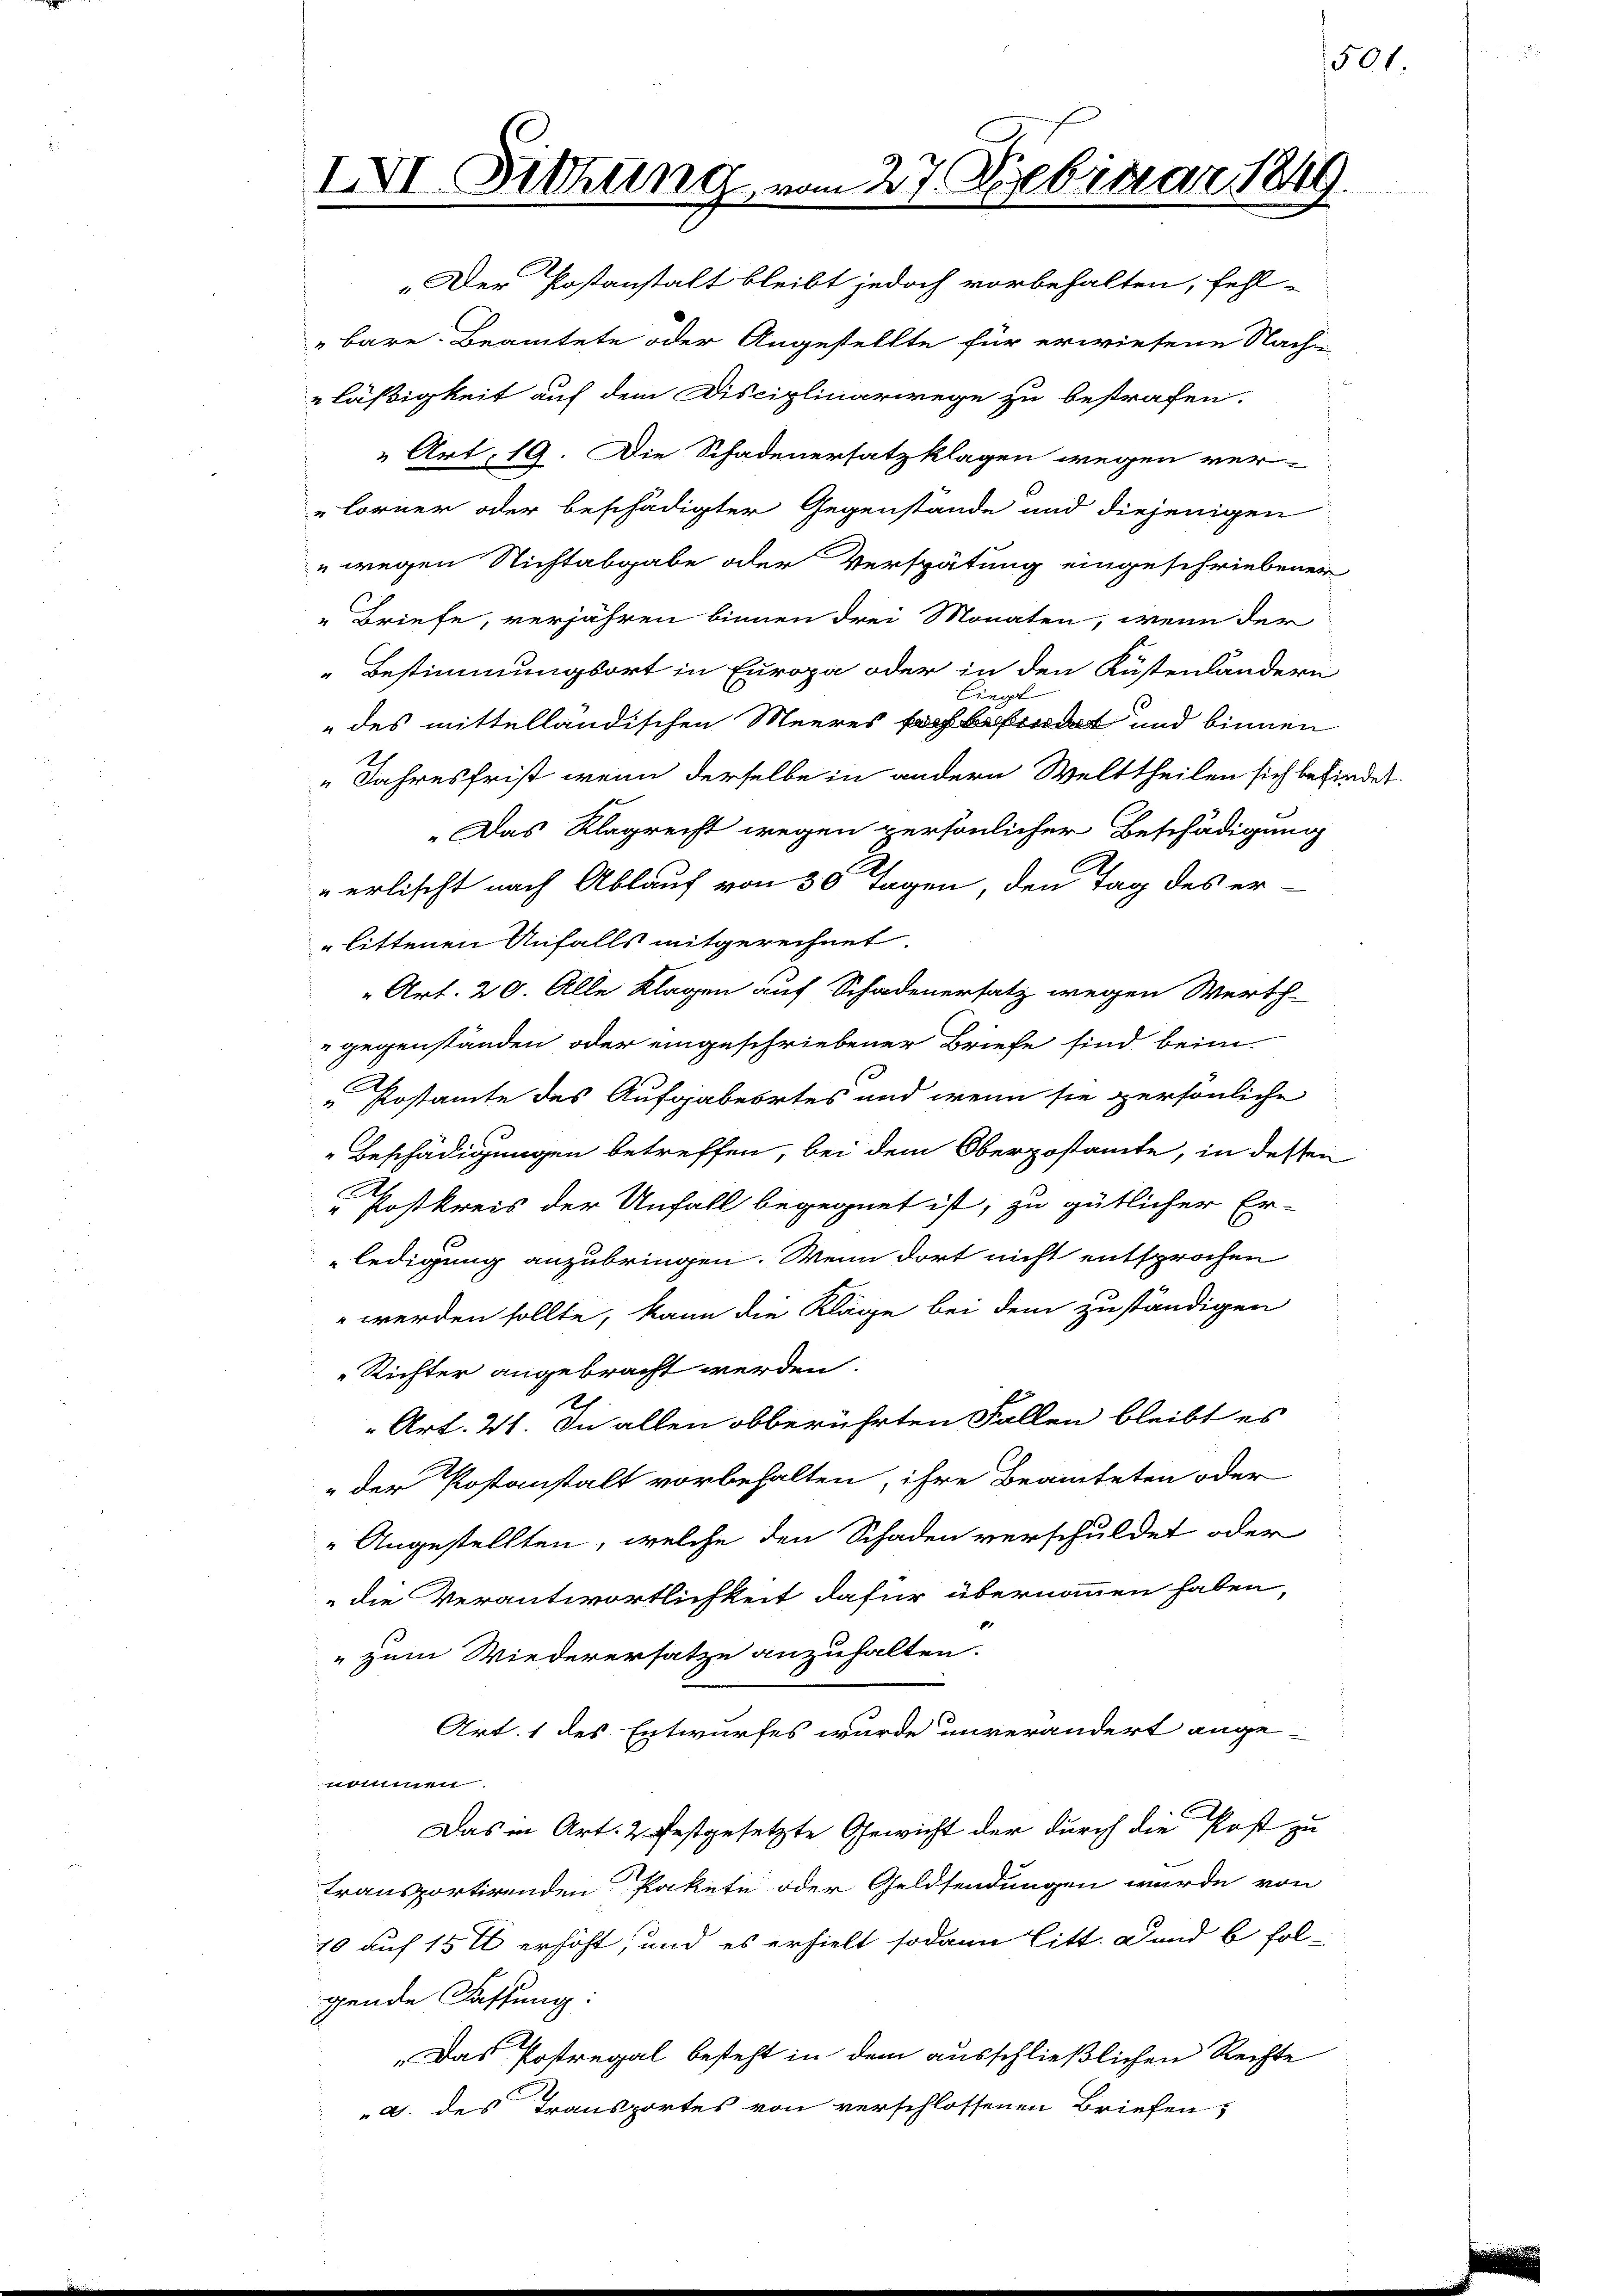
IVI. Sitzung vom 27. Februar 184

„Der Postanstalt bleibt jedoch vorbehalten, fehl-
bare Beamtete oder Angestellte für erwiesene Nachläßigkeit auf dem Disciplinarwege zu bestrafen.
 Art. 19. Die Schadenersatzklagen wegen ver-
"lorner oder beschädigter Gegenstände und diejenigen
 wegen Nichtabgabe oder Verspätung eingeschriebener
"Briefe, verjähren binnen drei Monaten, wenn der
Bestimmungsort in Europa oder in den Küstenländern
Cingl
 des mittelländischen Meeres fach befindet und binnen
" Jahresfrist, wenn derselbe in andern Welttheilen sich befindet.
„Das Klagrecht wegen persönlicher Beschädigung
erlischt nach Ablauf von 30 Tagen, den Tag des er
littenen Anfalls mitgerechnet.
" Art. 20. Alle Klagen auf Schadenersatz wegen Werth-
gegenständen oder eingeschriebener Briefe sind beim
„Postamte des Aufgabeortes und wenn sie persönliche
Beschädigungen betreffen, bei dem Oberpostamte, in dessen
A
" Kostkreis der Unfall begegnet ist, zu gütlicher Er-
ledigung anzubringen. Wenn dort nicht entsprochen
 werden sollte, kann die Kläge bei dem zuständigen
Richter angebracht werden.
2
Art. 21. In allen obberührten Fallen bleibt es
"der Postanstalt vorbehalten, ihre Beamteten oder
" Angestellten, welche den Schaden verschuldet oder
die Verantwortlichkeit dafür übernommen haben,
" zum Wiederersatze anzuhalten.
Art. 1 des Entwurfes wurde unverändert ange-
nommen.
.
Das in Art. 2 festgesetzte Gewicht der durch die Post zu
transportirenden Pakete oder Geldsendungen wurde von
10 auf 15 t erhöht, und es erhielt sodann litt. Dund b fol-
gende Fassung:
„Das Postregal besteht in dem ausschließlichen Rechte
a. des Transportes von verschlossenen Briefen,

501.

.